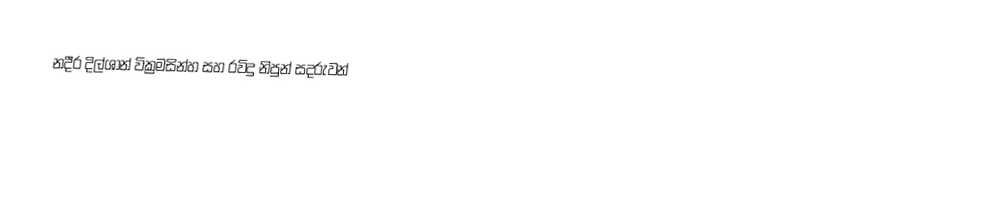
නදීර දිල්ශාන් වික්‍රමසින්හ සහ රවිදු නිපුන් සදරුවන්